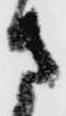
さ